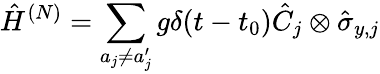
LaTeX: \hat{H}^{(N)}=\sum_{a_{j}\neq a_{j}^{\prime}}g\delta(t-t_{0})\hat{C}_{j}\otimes\hat{\sigma}_{y,j}